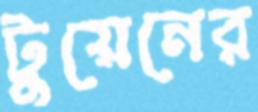
টুয়েনের